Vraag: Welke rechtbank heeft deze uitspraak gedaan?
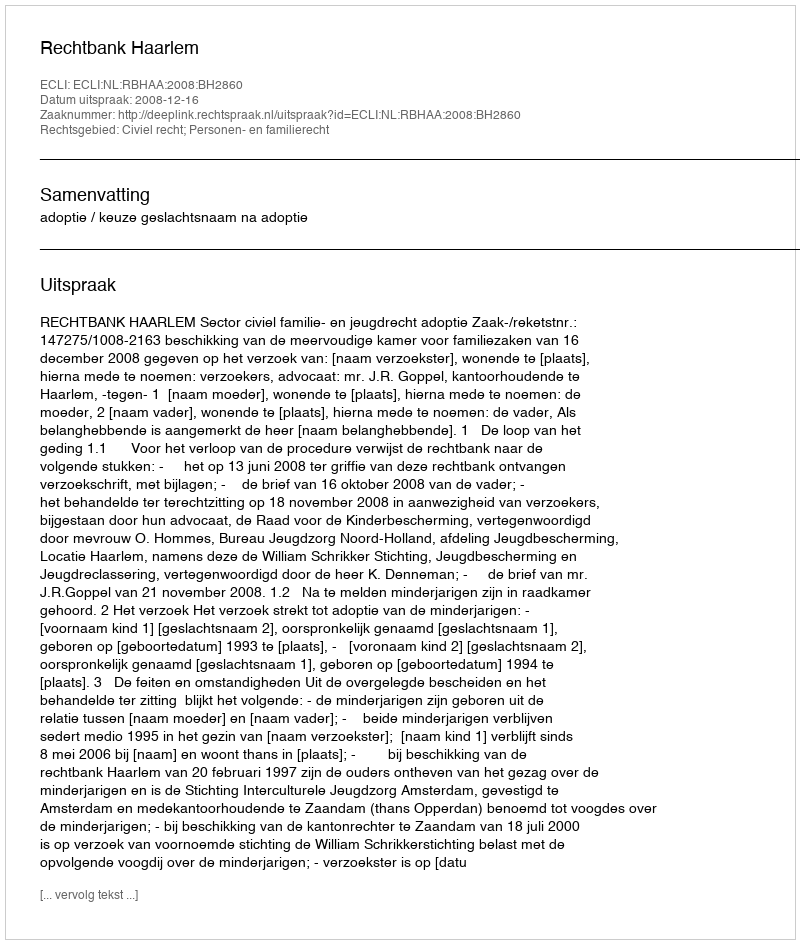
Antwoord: Rechtbank Haarlem